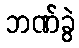
ဘဏ်ခွဲ